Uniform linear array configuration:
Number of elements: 12
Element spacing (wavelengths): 1
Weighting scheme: binomial
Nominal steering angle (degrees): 30
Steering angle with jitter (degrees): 28.333
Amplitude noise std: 0.05
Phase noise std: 0.05

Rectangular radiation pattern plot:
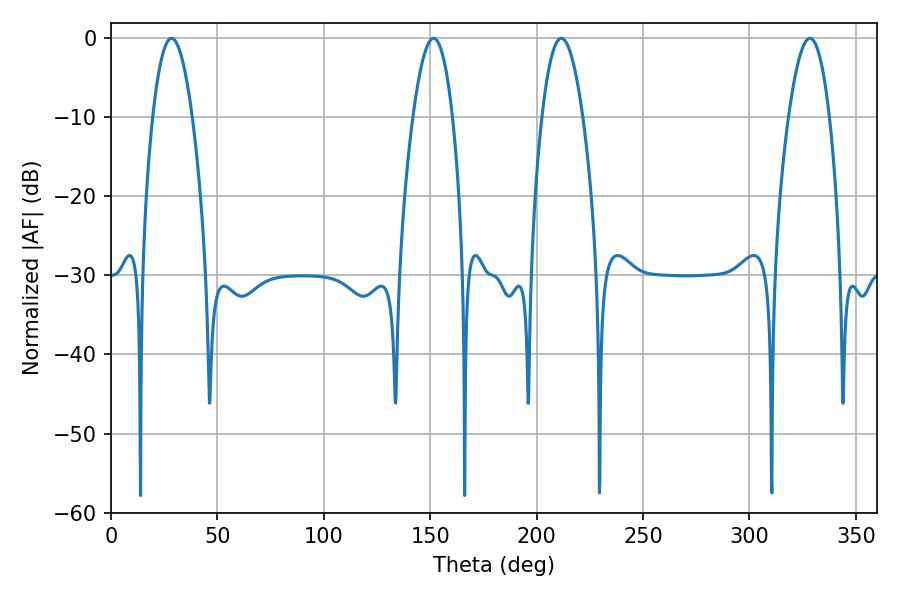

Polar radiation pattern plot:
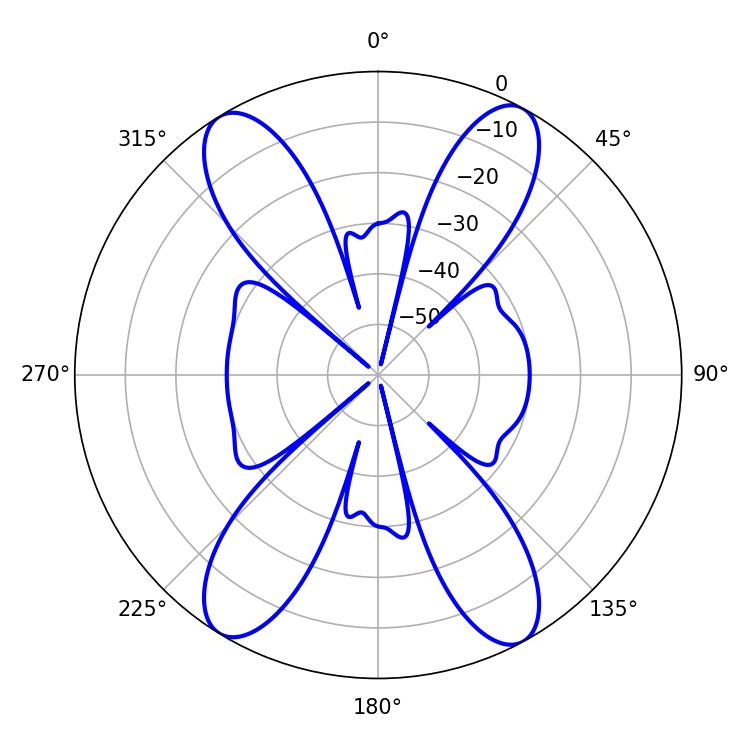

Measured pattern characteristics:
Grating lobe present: TRUE
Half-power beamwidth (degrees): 10.26
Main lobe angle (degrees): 28.44